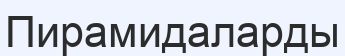
Пирамидаларды